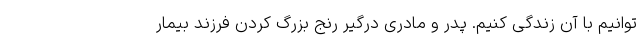
توانیم با آن زندگی کنیم. پدر و مادری درگیر رنج بزرگ کردن فرزند بیمار